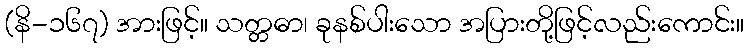
(နိ-၁၆၇) အားဖြင့်။ သတ္တဓာ၊ ခုနစ်ပါးသော အပြားတို့ဖြင့်လည်းကောင်း။